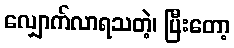
လျှောက်လာရသတဲ့၊ ပြီးတော့